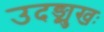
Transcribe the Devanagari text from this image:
उदङ्मुखः